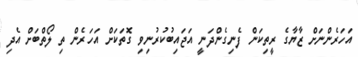
އަހަރެންނަށް ޒާޔާގެ ރީތިކަން ފެނިގެންދަނީ އަޖައިބުކުރުނިވި ގޮތަކަށް އަހަރެން ތި ލޯތްބަށް އެދި